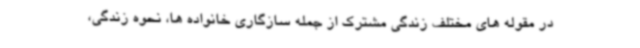
در مقوله های مختلف زندگی مشترک از جمله سازگاری خانواده ها، نحوه زندگی،